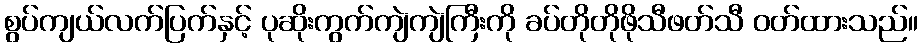
စွပ်ကျယ်လက်ပြက်နှင့် ပုဆိုးကွက်ကျဲကျဲကြီးကို ခပ်တိုတိုဖိုသီဖတ်သီ ဝတ်ထားသည်။